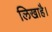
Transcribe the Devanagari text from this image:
लिखाहै।